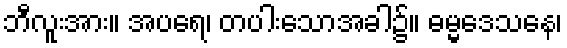
ဘီလူးအား။ အပရေ၊ တပါးသောအခါ၌။ ဓမ္မဒေသနေ၊